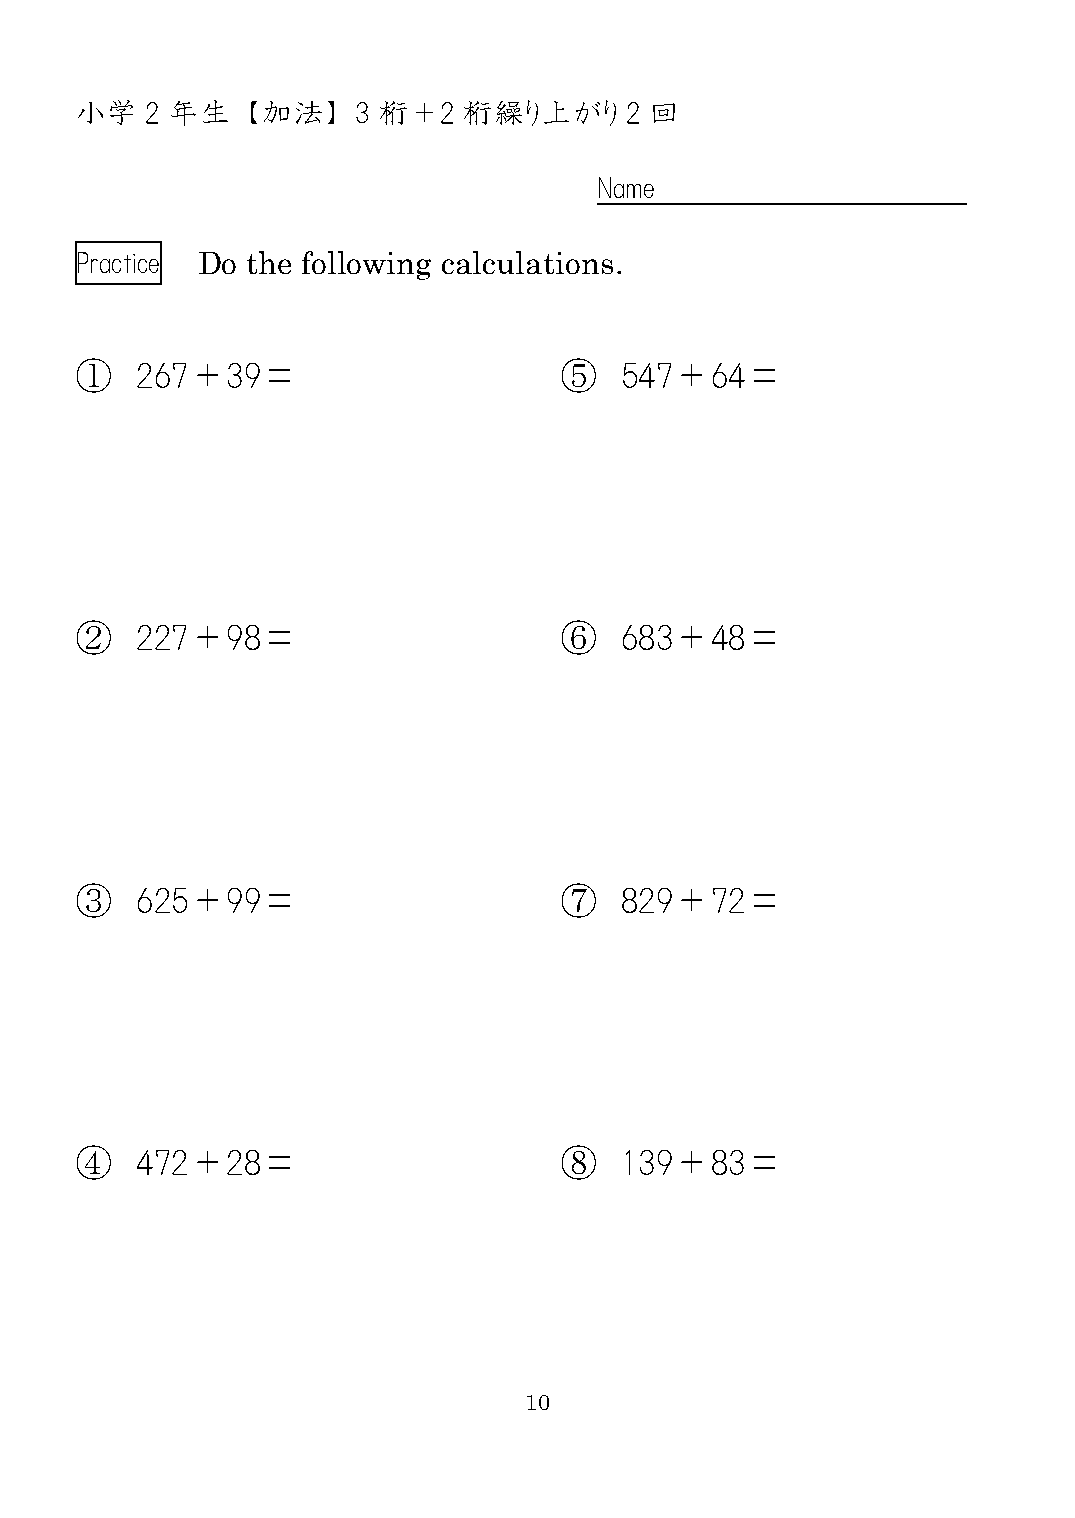
小学   2 年生  【加法】    3 桁＋2  桁繰り上がり    2 回
 Name
 Practice Do the following calculations.
 ①   267＋39＝                     ⑤   547＋64＝
 ②   227＋98＝                     ⑥   683＋48＝
 ③   625＋99＝                     ⑦   829＋72＝
 ④   472＋28＝                     ⑧   139＋83＝
 10